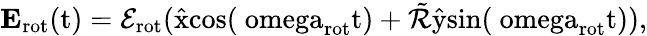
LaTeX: {\mathbf E}_{\mathrm{rot}}(\mathrm{t)=\mathcal{E}_{\mathrm{rot}}(\hat{x}cos(\ omega_{\mathrm{rot}}t)+\tilde{\cal R}\hat{y}sin(\ omega_{\mathrm{rot}}t)),}